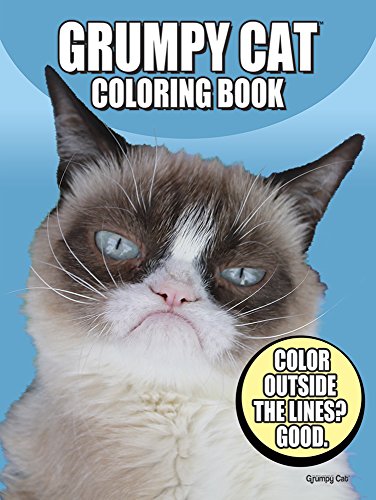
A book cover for Grumpy Cat Coloring Book (Dover Coloring Books for Children); Grumpy Cat; Crafts, Hobbies & Home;